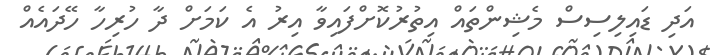
އަދި ޑައިލިސިސް މެޝިންތައް އިތުރުކޮށްފައިވާ އިރު އެ ކަމަށް ދާ ހުރިހާ ހޭދައެއް